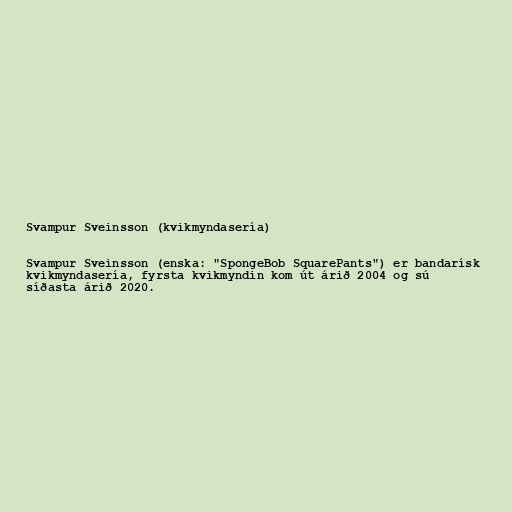
Svampur Sveinsson (kvikmyndasería)

Svampur Sveinsson (enska: "SpongeBob SquarePants") er bandarísk
kvikmyndasería, fyrsta kvikmyndin kom út árið 2004 og sú
síðasta árið 2020.